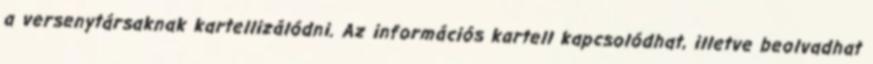
a versenytársaknak kartellizálódni. Az információs kartell kapcsolódhat, illetve beolvadhat